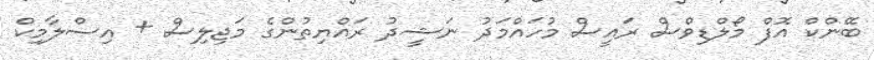
ބޭންކް އޮފް މޯލްޑިވްސް ރައީސް މުހައްމަދު ނަޝީދު ރައްޔިތުންގެ މަޖިލިސް + އިސްލާމިކް